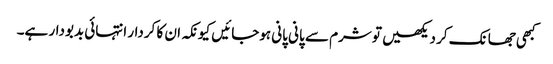
کبھی جھانک کر دیکھیں تو شرم سے پانی پانی ہوجائیں کیونکہ ان کا کردار انتہائی بدبودار ہے۔